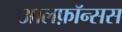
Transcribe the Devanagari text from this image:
आलफ़ॉन्सस